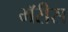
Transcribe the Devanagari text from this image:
मॅरीस